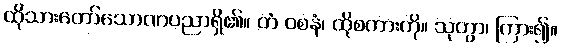
ထိုသားတော်သောဏပညာရှိ၏။ တံ ဝစနံ၊ ထိုစကားကို။ သုတွာ၊ ကြား၍။